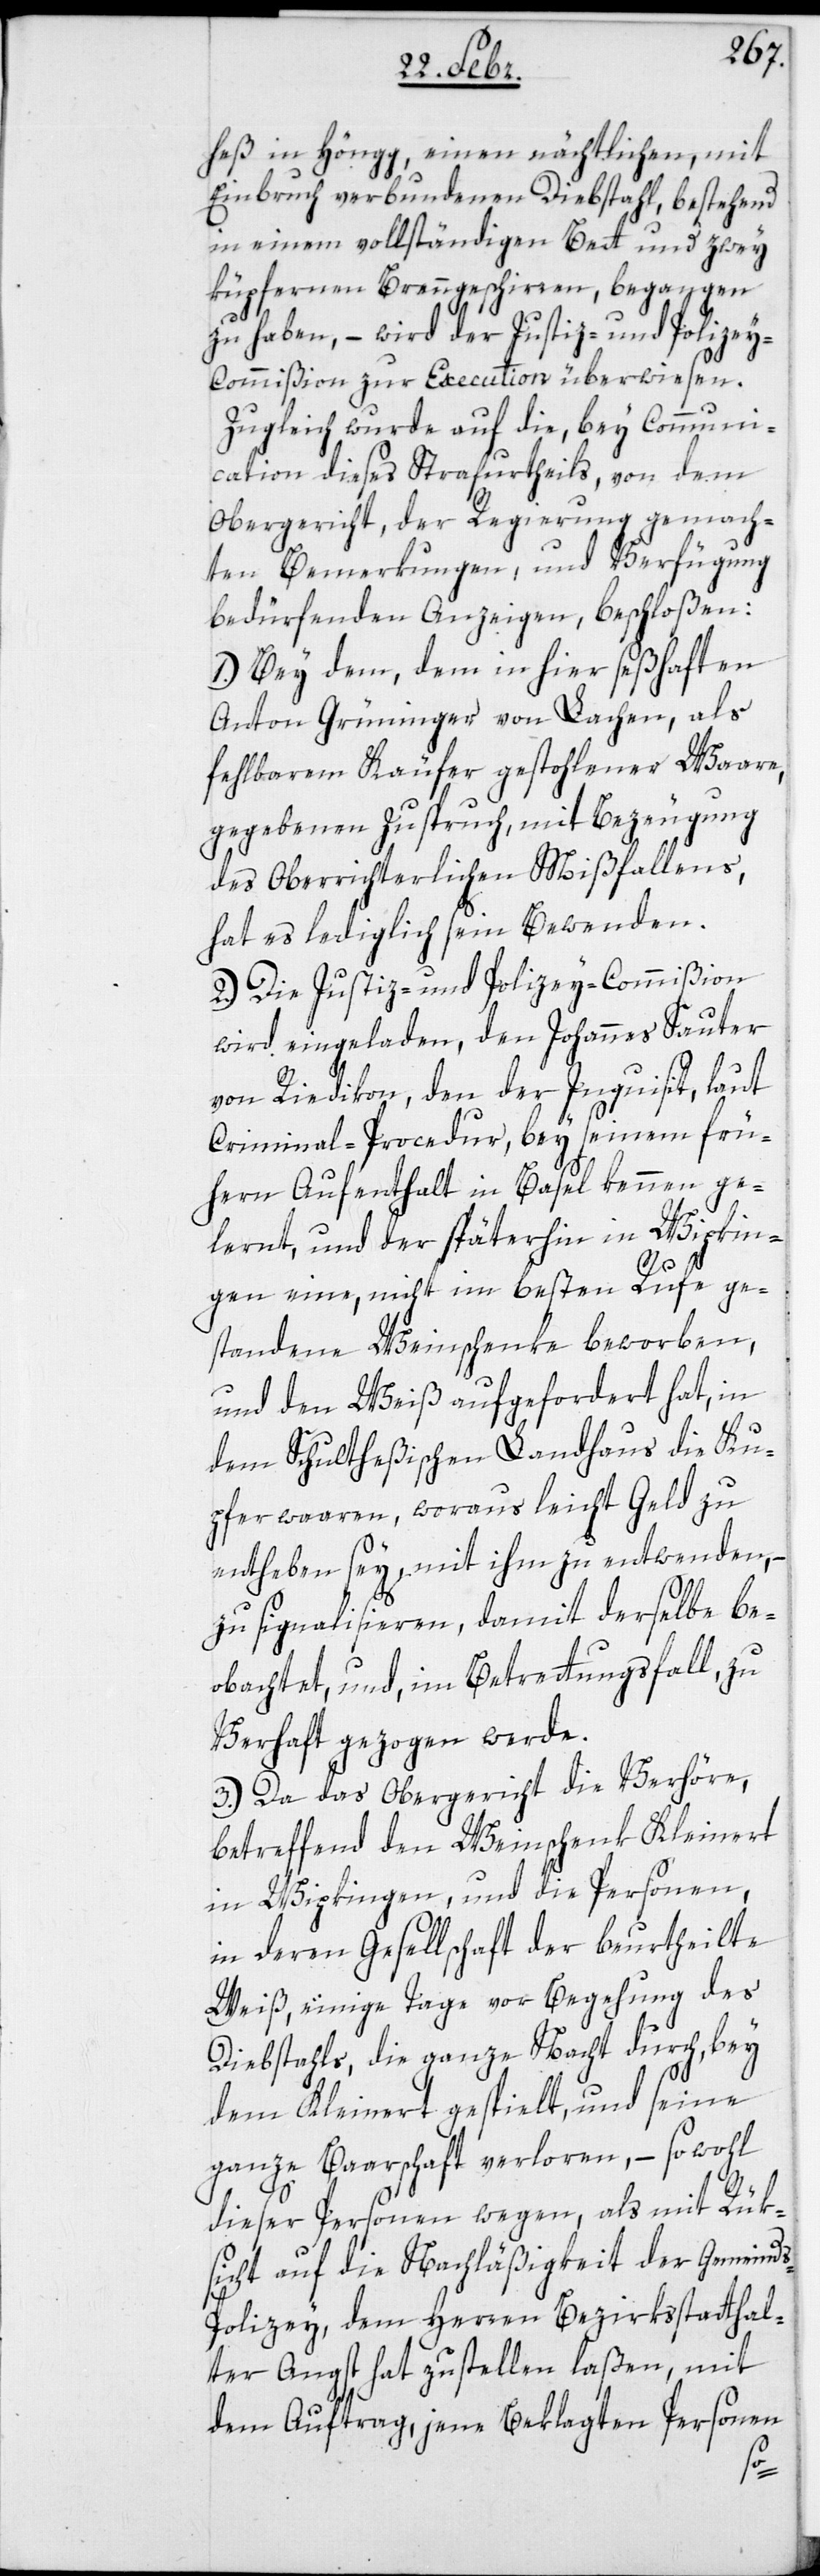
heß in Höngg, einen nächtlichen, mit
Einbruch verbundenen Diebstahl, bestehend
in einem vollständigen Bett und zwey
küpfernen Brenngeschirren, begangen
zu haben, – wird der Justiz- und Polize¬
y-Commißion zur Execution überwiesen.
Zugleich wurde auf die, bey Communi¬
cation dieses Strafurtheils, von dem
Obergericht, der Regierung gemach¬
ten Bemerkungen, und Verfügung
bedürfenden Anzeigen, beschloßen:
1.) Bey dem, dem in hier seßhaften
Anton Grüninger von Lachen, als
fehlbarem Käufer gestohlener Waare,
gegebenen Zuspruch, mit Bezeugung
des Obergerichtlichen Mißfallens,
hat es lediglich sein Bewenden.
2.) Die Justiz- und Polizey-Commißion
wird eingeladen, den Johannes Sauter
von Riedikon, den der Inquisit, laut
Criminal-Procedur, bey seinem frü¬
hern Aufenthalt in Basel kennen ge¬
lernt, und der späterhin in Wipkin¬
gen eine, nicht im besten Rufe ge¬
standene Weinschenke beworben,
und den Weiß aufgeforderet hat, in
dem Schultheßischen Landhaus die Ku¬
pferwaaren, woraus leicht Geld zu
entheben sey, mit ihm zu entwenden, –
zu signalisieren, damit derselbe be¬
obachtet, und, im Betrettungsfall, zu
Verhaft gezogen werde.
3.) Da das Obergericht die Verhöre,
betreffend den Weinschenk Kleinert
in Wipkingen, und die Personen,
in deren Gesellschaft der beurtheilte
Weiß, einige Tage vor Begehung des
Diebstahls, die ganze Nacht durch, bey
dem Kleinert gespielt, und seine
ganze Baarschaft verloren, – sowohl
dieser Personen wegen, als mit Rük¬
sicht auf die Nachläßigkeit der Gemeind¬
s-Polizey, dem Herren Bezirksstatthal¬
ter Angst hat zustellen laßen, mit
dem Auftrag, jene Beklagten Personen